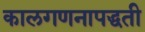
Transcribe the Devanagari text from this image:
कालगणनापद्धती